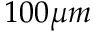
1 0 0 \mu m